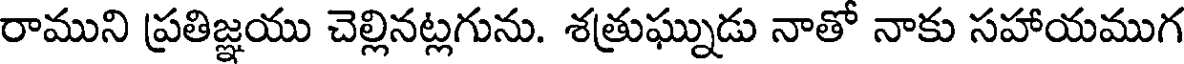
రాముని ప్రతిజ్ఞయు చెల్లినట్లగును. శత్రుఘ్నుడు నాతో నాకు సహాయముగ